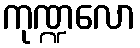
ကုဏ္ဍလော